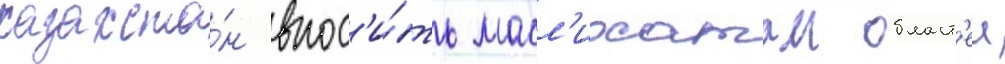
казахста́н внос'и́ть масл'ихатам област'еи